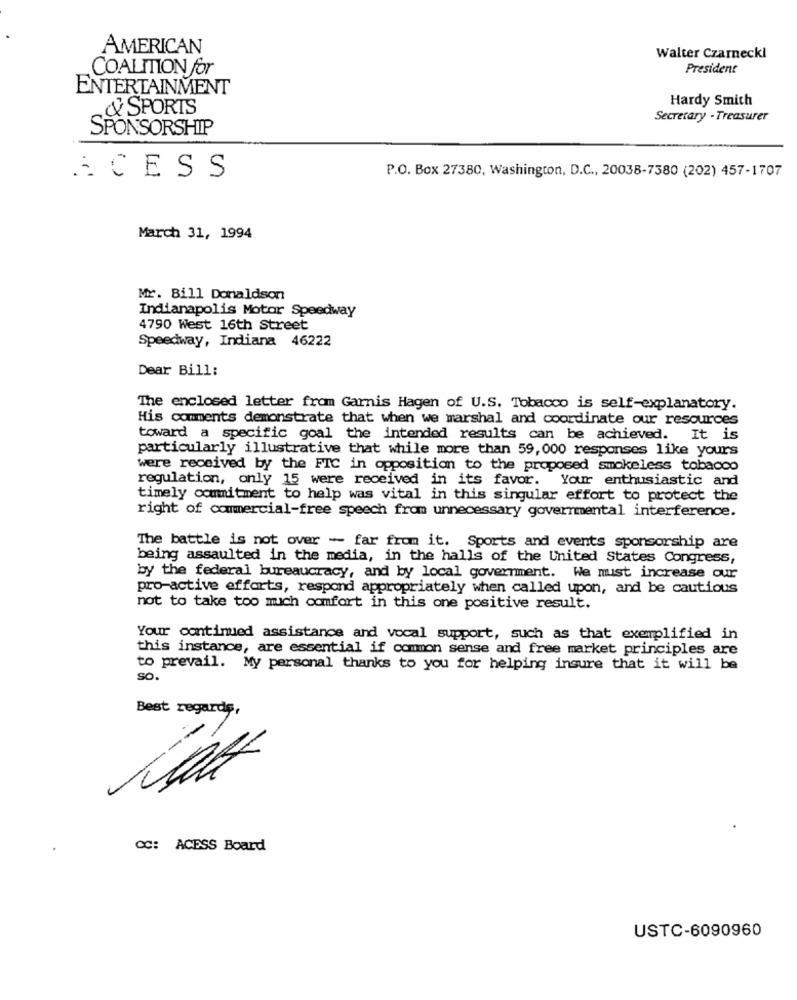
AMERICAN
Walter Czarnecki
COALITION for
President
ENTERTAINMENT
Hardy Smith
& SPORTS
Secretary - Treasurer
SPONSORSHIP
P.O. Box 27380, Washington, D.C ., 20038-7380 (202) 457-1707
.ACESS
March 31, 1994
Mr. Bill Donaldson
Indianapolis Motor Speedway
4790 West 16th Street
Speedway, Indiana 46222
Dear Bill:
The enclosed letter from Garnis Hagen of U.S. Tobacco is self-explanatory.
His comments demonstrate that when we marshal and coordinate our resources
toward a specific goal the intended results can be achieved. It is
particularly illustrative that while more than 59,000 responses like yours
were received by the FIC in opposition to the proposed smokeless tobacco
regulation, only 15 were received in its favor. Your enthusiastic and
timely commitment to help was vital in this singular effort to protect the
right of commercial-free speech from unnecessary governmental interference.
The battle is not over - far from it. Sports and events sponsorship are
being assaulted in the media, in the halls of the United States Congress,
by the federal bureaucracy, and by local government. We must increase our
pro-active efforts, respond appropriately when called upon, and be cautious
not to take too much comfort in this one positive result.
Your continued assistance and vocal support, such as that exemplified in
this instance, are essential if common sense and free market principles are
to prevail. My personal thanks to you for helping insure that it will be
so.
Best regards,
-
-
CC: ACESS Board
USTC-6090960